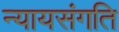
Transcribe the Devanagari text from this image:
न्यायसंगति